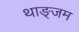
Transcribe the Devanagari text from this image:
थाङ्जम